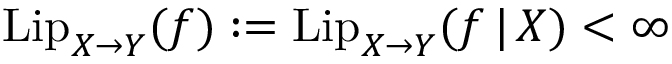
\mathrm { L i p } _ { X \to Y } ( f ) : = \mathrm { L i p } _ { X \to Y } ( f \, | \, X ) < \infty